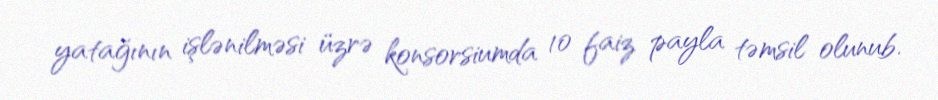
yatağının işlənilməsi üzrə konsorsiumda 10 faiz payla təmsil olunub.